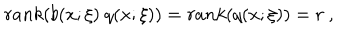
LaTeX: r a n k ( b ( x ; \xi ) \ q ( x ; \xi ) ) = r a n k ( q ( x ; \xi ) ) = r \ ,